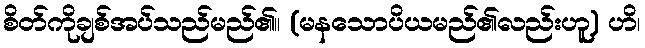
စိတ်ကိုချစ်အပ်သည်မည်၏။ (မနသောပိယမည်၏လည်းဟူ) ဟိ၊